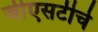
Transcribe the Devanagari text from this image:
जीएसटीचे